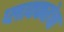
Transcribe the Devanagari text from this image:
प्लावकतेचा